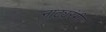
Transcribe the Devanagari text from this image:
नाट्यरंगी